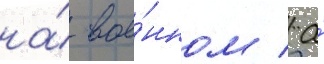
на́ вое́нном / а́